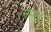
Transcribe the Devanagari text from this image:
नमवू